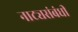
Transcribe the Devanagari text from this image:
नाट्यसंबंधी